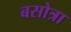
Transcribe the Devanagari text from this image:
बसोत्रा